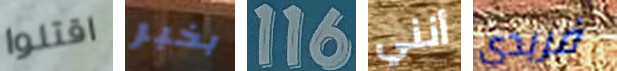
اقتلوا بخبر 116 أنني فريدي